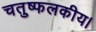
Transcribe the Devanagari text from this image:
चतुष्फलकीय।